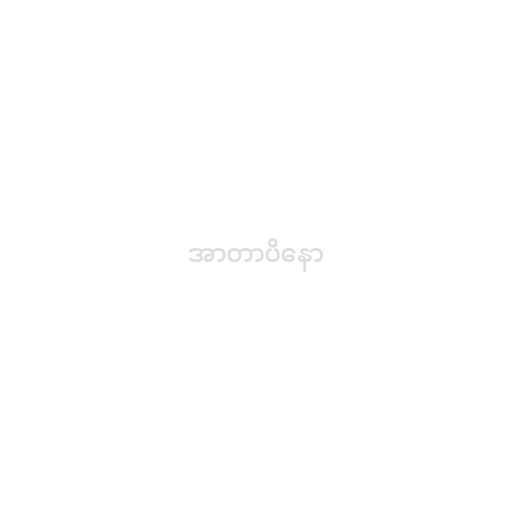
အာတာပိနော